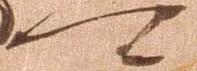
可